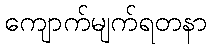
ကျောက်မျက်ရတနာ